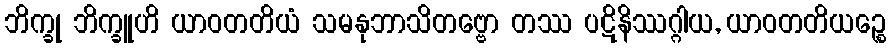
ဘိက္ခု ဘိက္ခူဟိ ယာဝတတိယံ သမနုဘာသိတဗ္ဗော တဿ ပဋိနိဿဂ္ဂါယ, ယာဝတတိယဉ္စေ